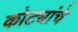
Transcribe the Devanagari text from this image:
कोट्यांचे